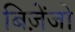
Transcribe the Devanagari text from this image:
बिज़ेंजो